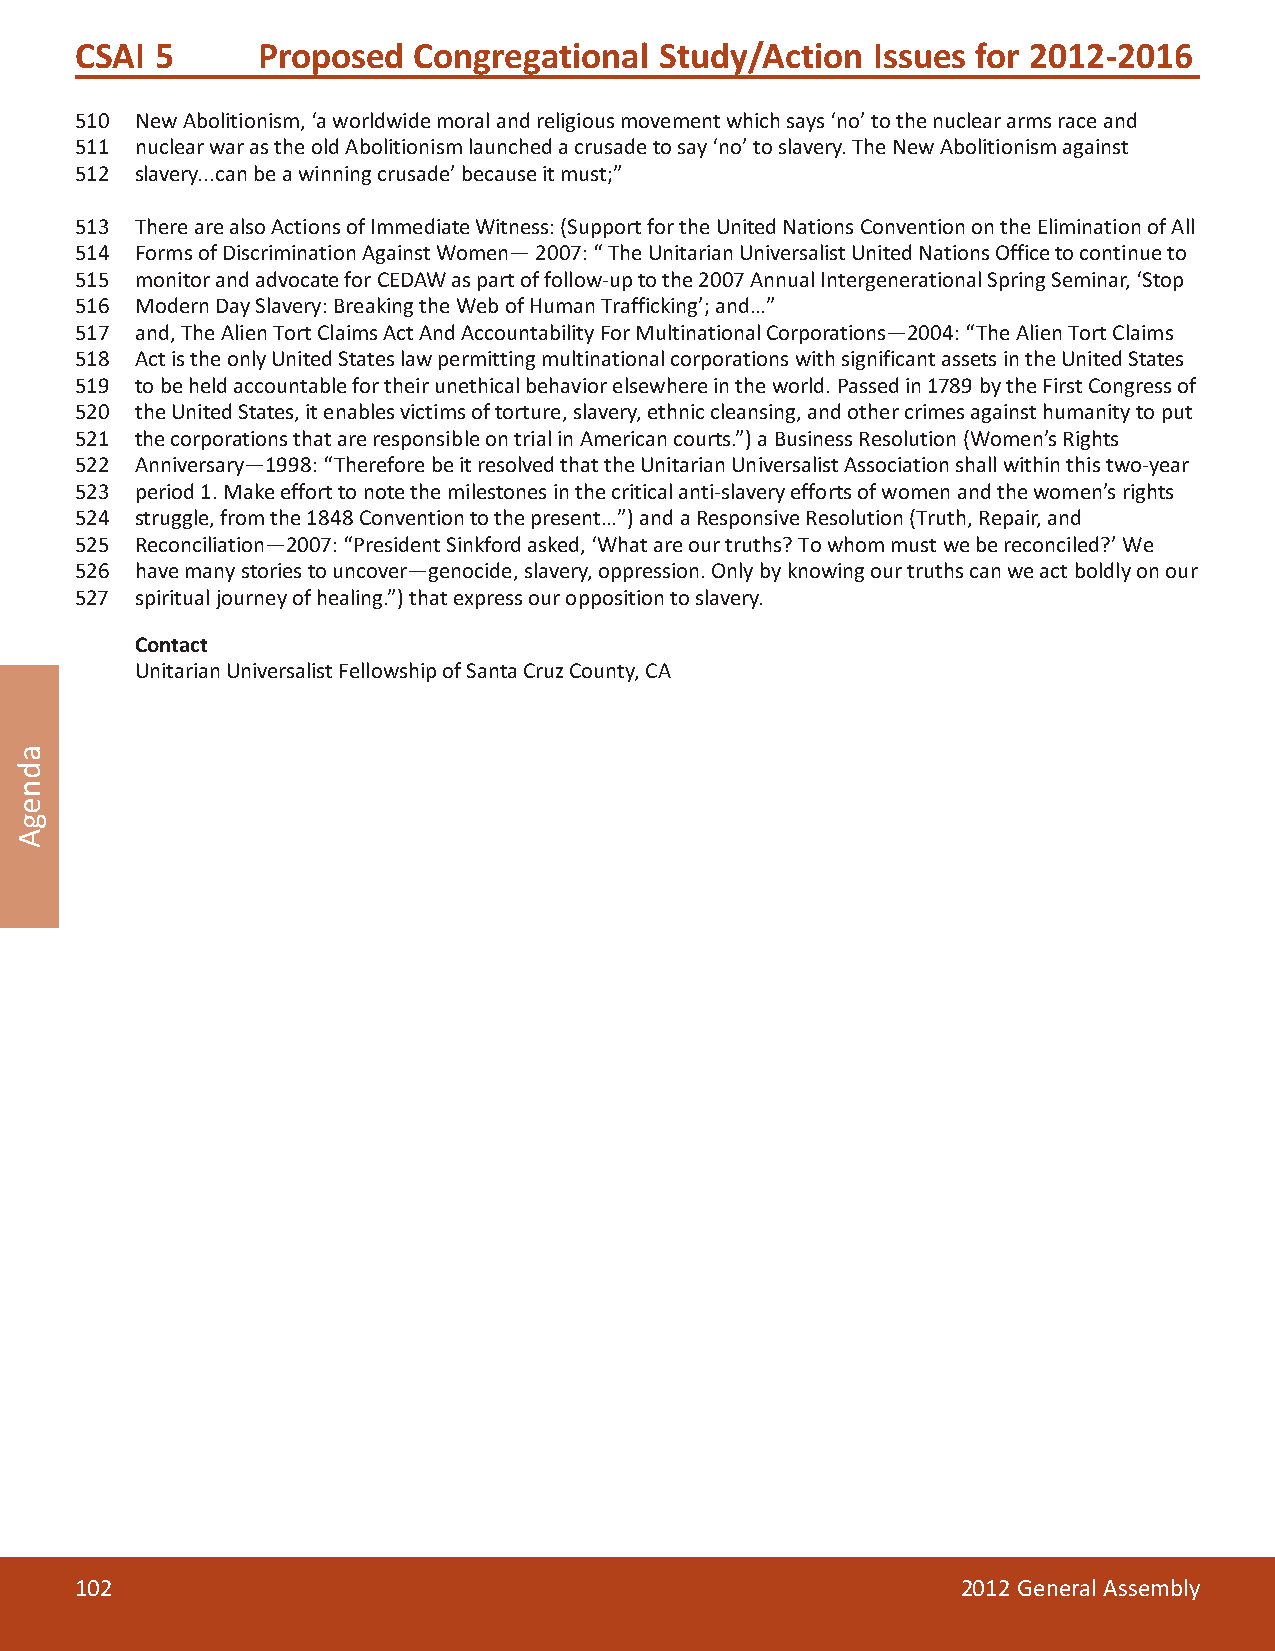
CSAI 5      Proposed  Congregational   Study/Action  Issues for 2012-2016
 510 New Abolitionism, ‘a worldwide moral and religious movement which says ‘no’ to the nuclear arms race and
 511 nuclear war as the old Abolitionism launched a crusade to say ‘no’ to slavery. The New Abolitionism against
 512 slavery...can be a winning crusade’ because it must;”
 513 There are also Actions of Immediate Witness: (Support for the United Nations Convention on the Elimination of All
 514 Forms of Discrimination Against Women— 2007: “ The Unitarian Universalist United Nations Office to continue to
 515 monitor and advocate for CEDAW as part of follow-up to the 2007 Annual Intergenerational Spring Seminar, ‘Stop
 516 Modern Day Slavery: Breaking the Web of Human Trafficking’; and…”
 517 and, The Alien Tort Claims Act And Accountability For Multinational Corporations—2004: “The Alien Tort Claims
 518 Act is the only United States law permitting multinational corporations with significant assets in the United States
 519 to be held accountable for their unethical behavior elsewhere in the world. Passed in 1789 by the First Congress of
 520 the United States, it enables victims of torture, slavery, ethnic cleansing, and other crimes against humanity to put
 521 the corporations that are responsible on trial in American courts.”) a Business Resolution (Women’s Rights
 522 Anniversary—1998: “Therefore be it resolved that the Unitarian Universalist Association shall within this two-year
 523 period 1. Make effort to note the milestones in the critical anti-slavery efforts of women and the women’s rights
 524 struggle, from the 1848 Convention to the present…”) and a Responsive Resolution (Truth, Repair, and
 525 Reconciliation—2007: “President Sinkford asked, ‘What are our truths? To whom must we be reconciled?’ We
 526 have many stories to uncover—genocide, slavery, oppression. Only by knowing our truths can we act boldly on our
 527 spiritual journey of healing.”) that express our opposition to slavery.
 Contact
 Unitarian Universalist Fellowship of Santa Cruz County, CA
 102                                                        2012 General Assembly
 adnegA